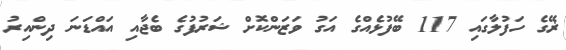
ޜޭގެ ހަފުލާގައި 117 ބޭފުޅެއްގެ އަގު ވަޒަންކޮށް ޝަރުފުގެ ބެޖާއި އައްޑަނަ ދިންއިރު